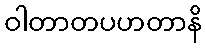
ဝါတာတပဟတာနိ